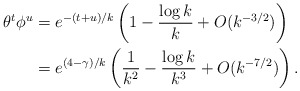
\begin{align*}\theta^t\phi^u&=e^{-(t+u)/k}\left( 1-\frac{\log k}{k}+O(k^{-3/2})\right)\\&=e^{(4-\gamma)/k}\left( \frac{1}{k^2}-\frac{\log k}{k^3}+O(k^{-7/2})\right).\end{align*}